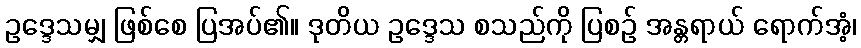
ဥဒ္ဒေသမျှ ဖြစ်စေ ပြအပ်၏။ ဒုတိယ ဥဒ္ဒေသ စသည်ကို ပြစဉ် အန္တရာယ် ရောက်အံ့၊